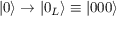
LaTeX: \vert 0 \rangle \rightarrow \vert 0 _ { L } \rangle \equiv \vert 0 0 0 \rangle